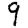
Digit: 9